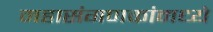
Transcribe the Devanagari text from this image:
महासंगणकांमध्ये